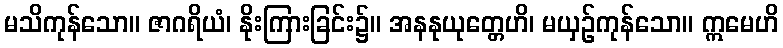
မသိကုန်သော။ ဇာဂရိယံ၊ နိုးကြားခြင်း၌။ အနနုယုတ္တေဟိ၊ မယှဉ်ကုန်သော။ ဣမေဟိ